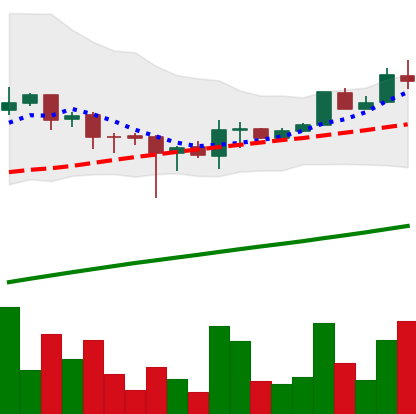
Ticker: LTC-USD
Chart end date: 2017-08-09
Forward return: -4.598%
Label: down_3_5